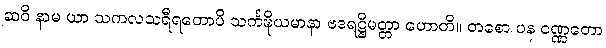
ဆဝိ နာမ ယာ သကလသရီရတောပိ သင်္ကဍ္ဎိယမာနာ ဗဒရဋ္ဌိမတ္တာ ဟောတိ။ တစော ပန ဝဏ္ဏတော